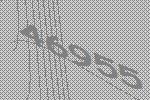
46955